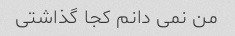
من نمی دانم کجا گذاشتی